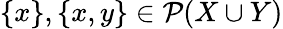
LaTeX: \{ x\} ,\{ x,y\} \in{\mathcal{P}}(X\cup Y)